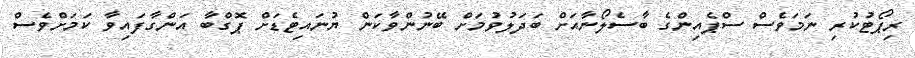
ރިޕޯޓުކުރި ނަމަވެސް ސްޕެއިންގެ ބާސެލޯނާއަށް ބަދަލުވުމަށް ބޭނުންވާކަން ޔުނައިޓެޑަށް ޕޮގްބާ އަންގާފައިވާ ކަމަށްވެސް